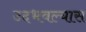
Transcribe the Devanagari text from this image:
उदभवल्यास